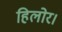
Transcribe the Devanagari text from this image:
हिलोर।